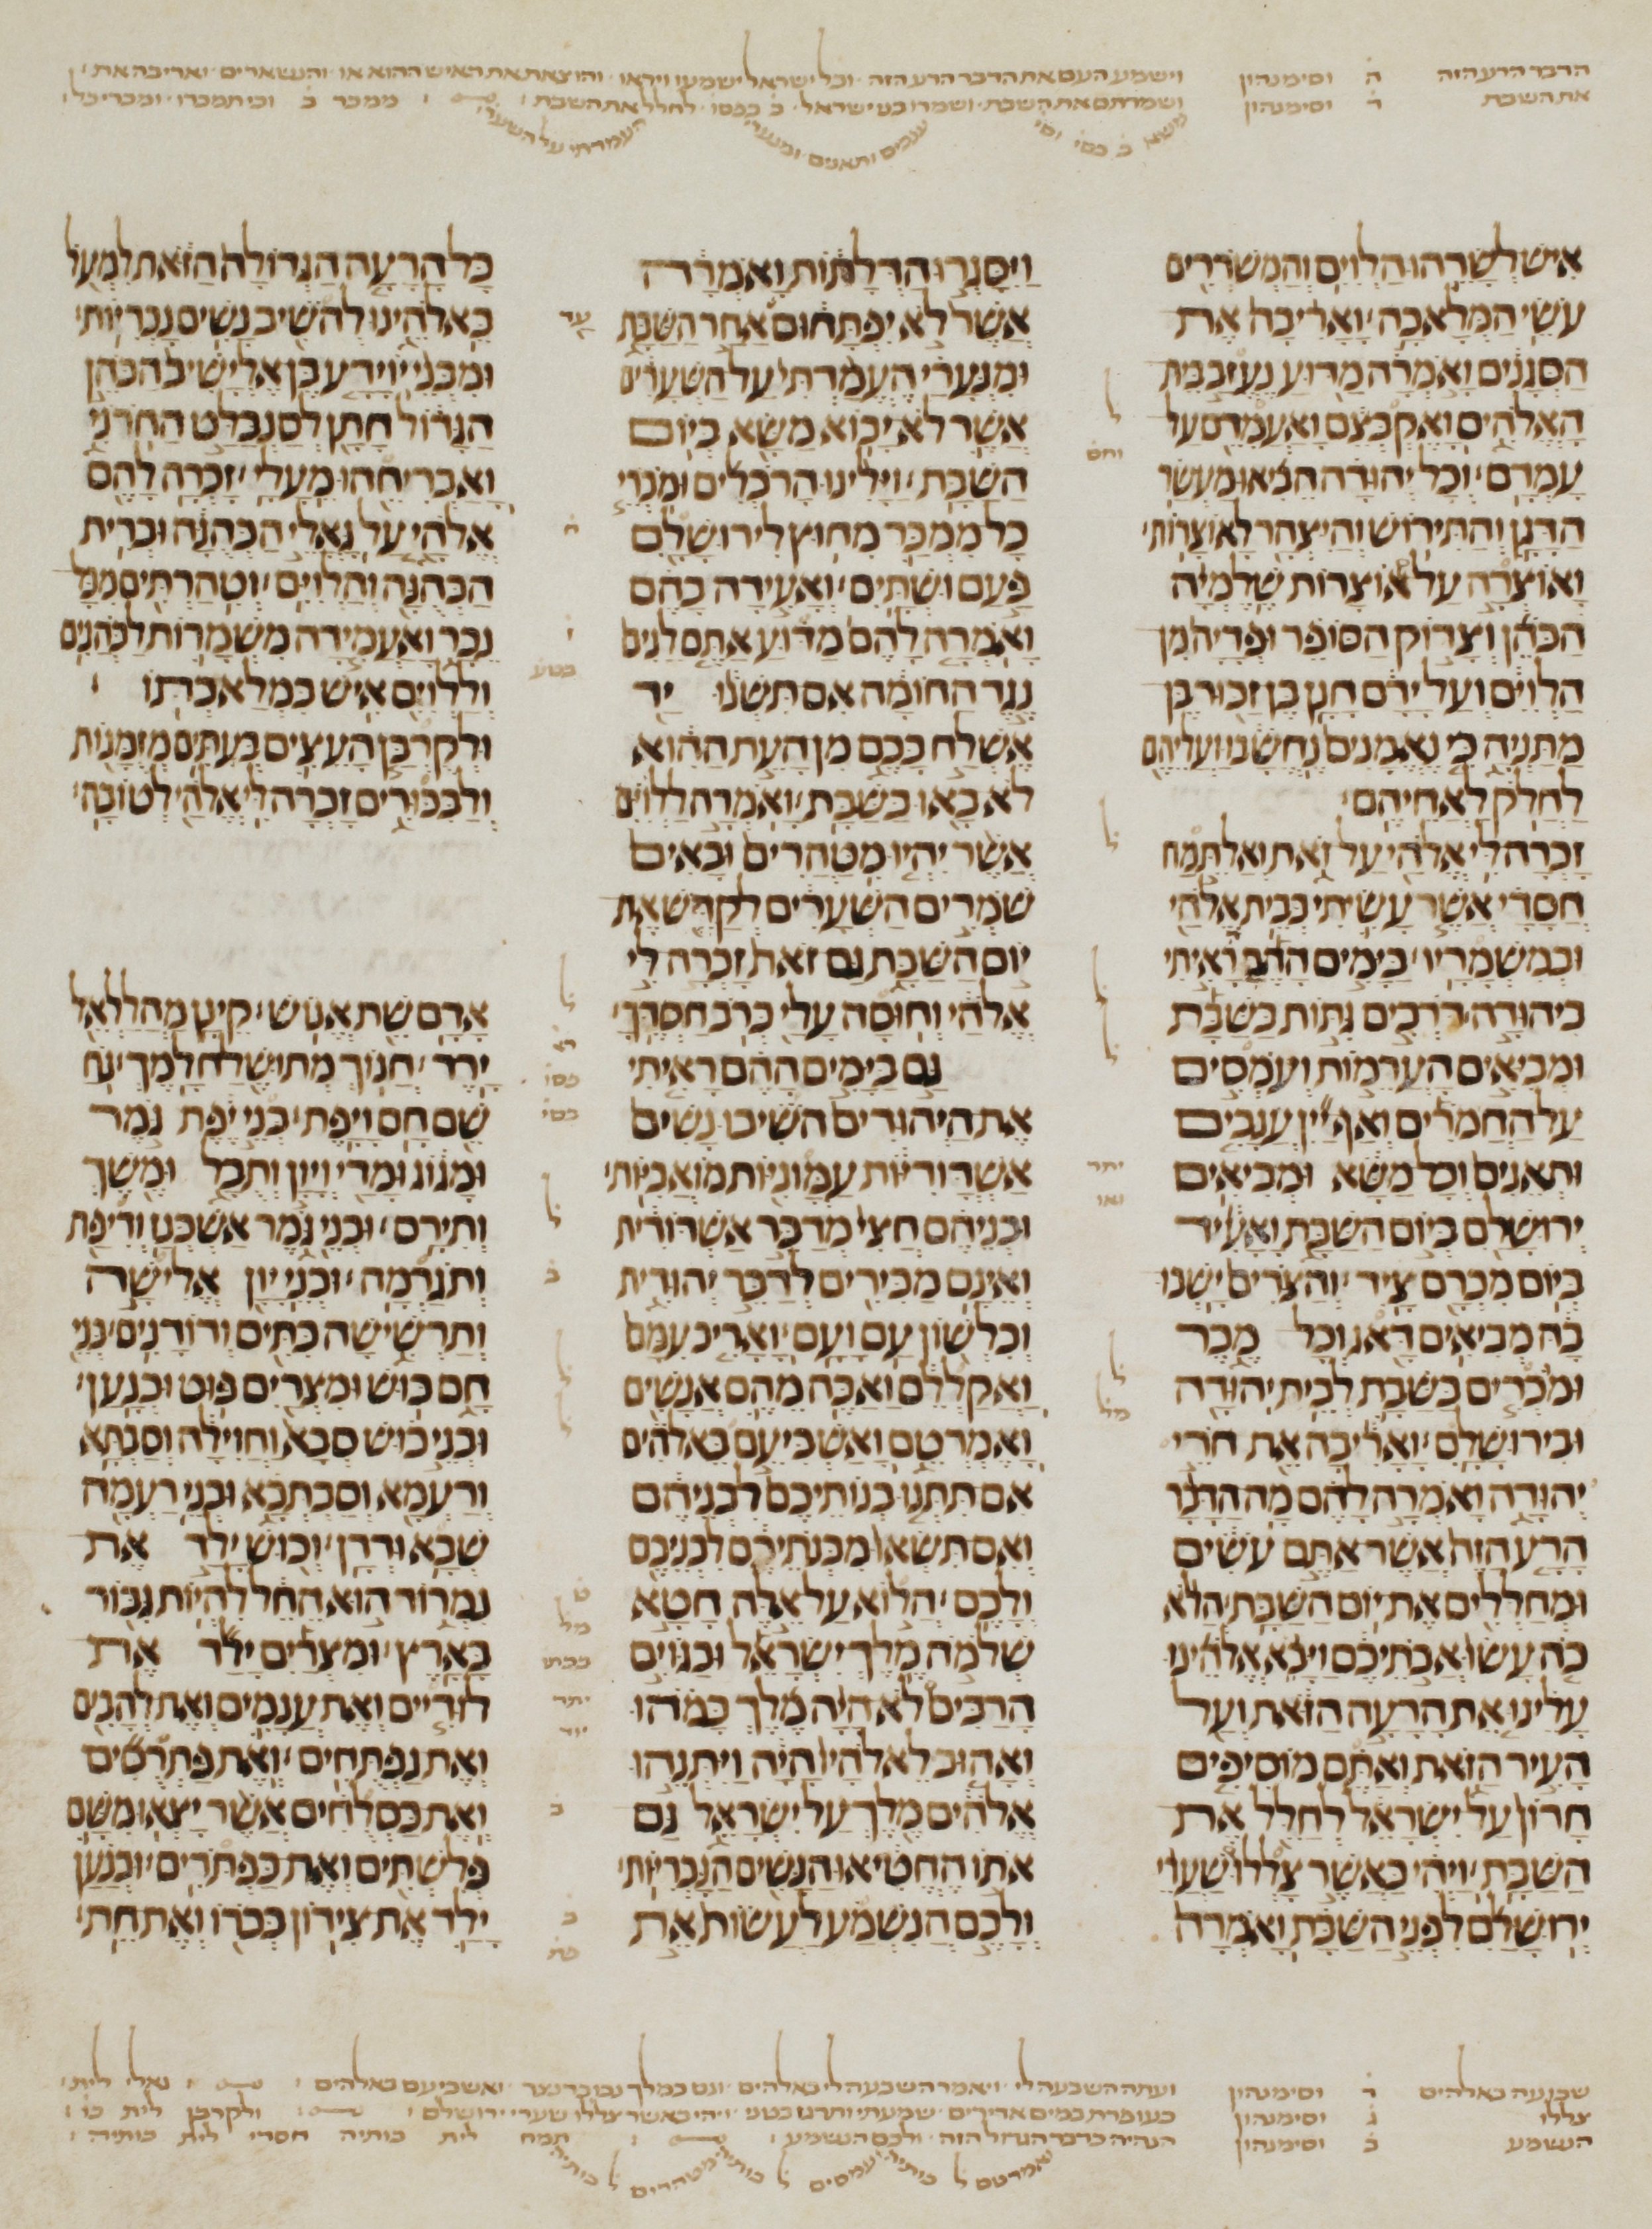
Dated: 1200–1299